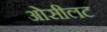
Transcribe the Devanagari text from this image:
ओसीलट